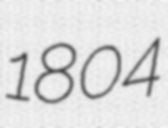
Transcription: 1804